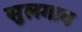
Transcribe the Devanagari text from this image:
सुलगाव